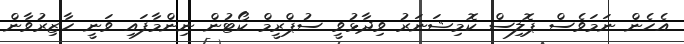
އެހެން ނަމަވެސް ޕޮލިސް ކޮމިޝަނަރު ވިދާޅުވީ ސުޕްރީމް ކޯޓުން ނިންމާފައި ވަނީ ހާޒިރުވާން